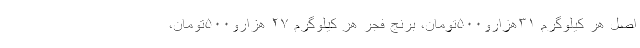
اصل هر کیلوگرم ۳۱هزارو۵۰۰تومان، برنج فجر هر کیلوگرم ۲۷ هزارو۵۰۰تومان،